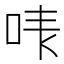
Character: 𠳜